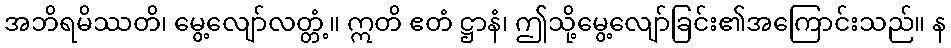
အဘိရမိဿတိ၊ မွေ့လျော်လတ္တံ့။ ဣတိ ဧတံ ဋ္ဌာနံ၊ ဤသို့မွေ့လျော်ခြင်း၏အကြောင်းသည်။ န